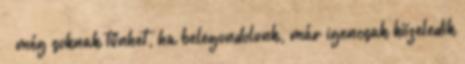
– még soknak tűnhet, ha belegondolunk, már igencsak közeledik